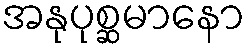
အနုပုစ္ဆမာနော